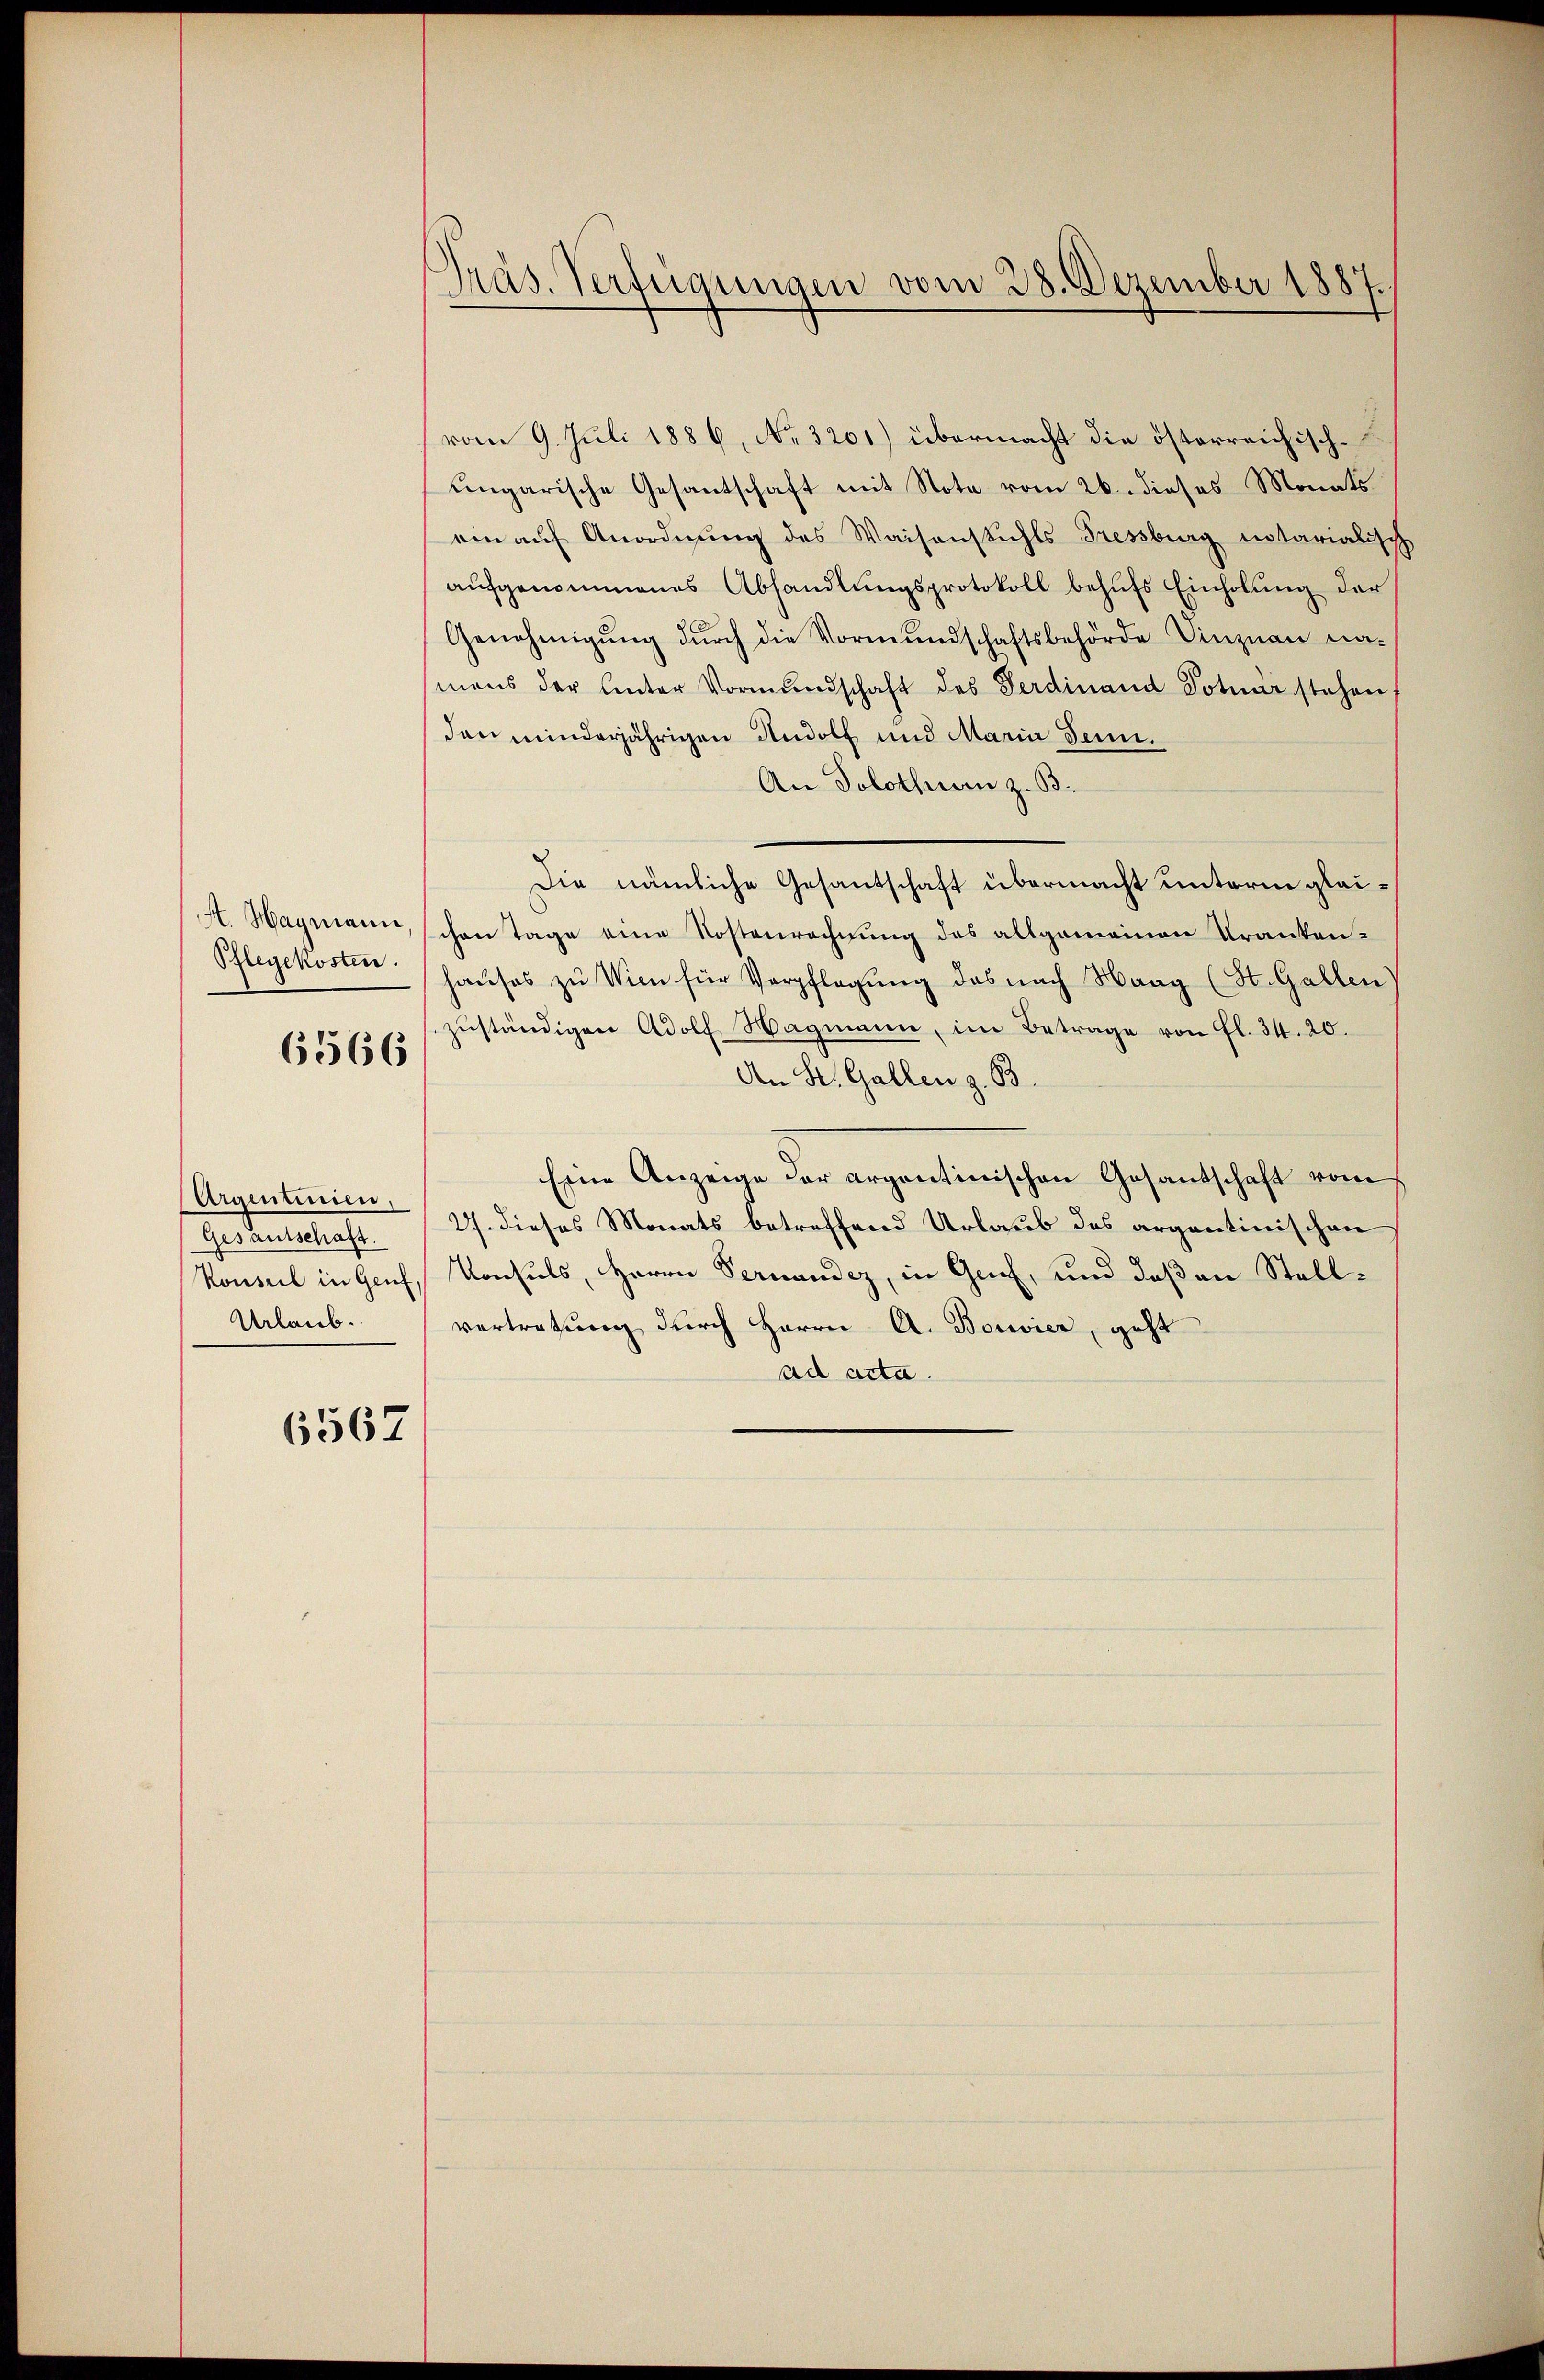
6566

Argentinien,
Gesantschaft.
Urlaub.

6567

vom 9. Juli 1886, No. 3201) übermacht die österreichischungarische Gesantschaft mit Note vom 26. dieses Monats
ein auf Anordnung des Waisenstuhls Tressburg notarialisch
aufgenommenes Abhandlungsprotokoll behufs Einholung der
Genehmigŭng dŭrch die Vormŭndschaftsbehörde Vinznau na-
mens der Unter Vormŭndschaft des Ferdinand Totuar stehen,
den minderjährigen Rudolf und Maria denn.
An Solothur z. B.
Die nämliche Gesantschaft übermacht unterm glei¬
A. Hagmann, schon Tage eine Kostenrechnung des allgemeinen Kranken¬
Pflegekosten Haŭses zŭ Wien für Verpflegŭng das nach Haag (St. Gallen
zuständigen Adolf Wagmann, im Betrage von fl. 34. 20.
An St. Gallen z. B.
Eine Anzeige der argentinischen Gesantschaft vom
27. dieses Monats betreffend Urlaub des argentinischen
Konseil in Genf, Konsuls, Herrn Vernander, in Genf, und daß an Stellvertretung durch Herrn A. Bouvier, geht
ad acta.

Präs. Verfügungen vom 28. Dezember 1887.